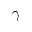
\gamma